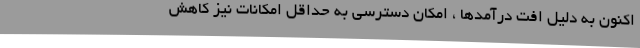
اکنون به دلیل افت درآمدها ، امکان دسترسی به حداقل امکانات نیز کاهش